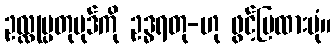
ဥလ္လုမ္ပတုပုဒ်ကို ဥဒ္ဓရတု-ဟု ဖွင့်ပြထားပုံ။